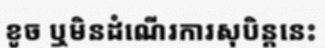
ខូច ឬមិនដំណើរការសុបិន្តនេះ